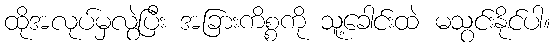
ထိုအလုပ်မှလွဲပြီး အခြားကိစ္စကို သူ့ခေါင်းထဲ မသွင်းနိုင်ပါ။